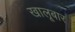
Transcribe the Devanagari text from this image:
खालूबार